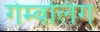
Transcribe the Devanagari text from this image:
गेम्बलिंग